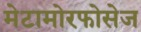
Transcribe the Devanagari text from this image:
मेटामोरफोसेज